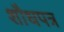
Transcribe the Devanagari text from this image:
शौधपत्र